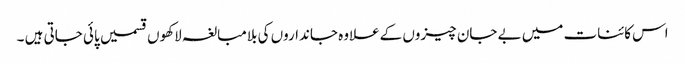
اس کائنات میں بے جان چیزوں کےعلاوہ جانداروں کی بلامبالغہ لاکھوں قسمیں پائی جاتی ہیں ۔